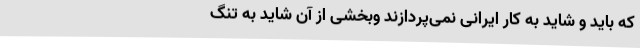
که باید و شاید به کار ایرانی نمی‌پردازند وبخشی از آن شاید به تنگ‌